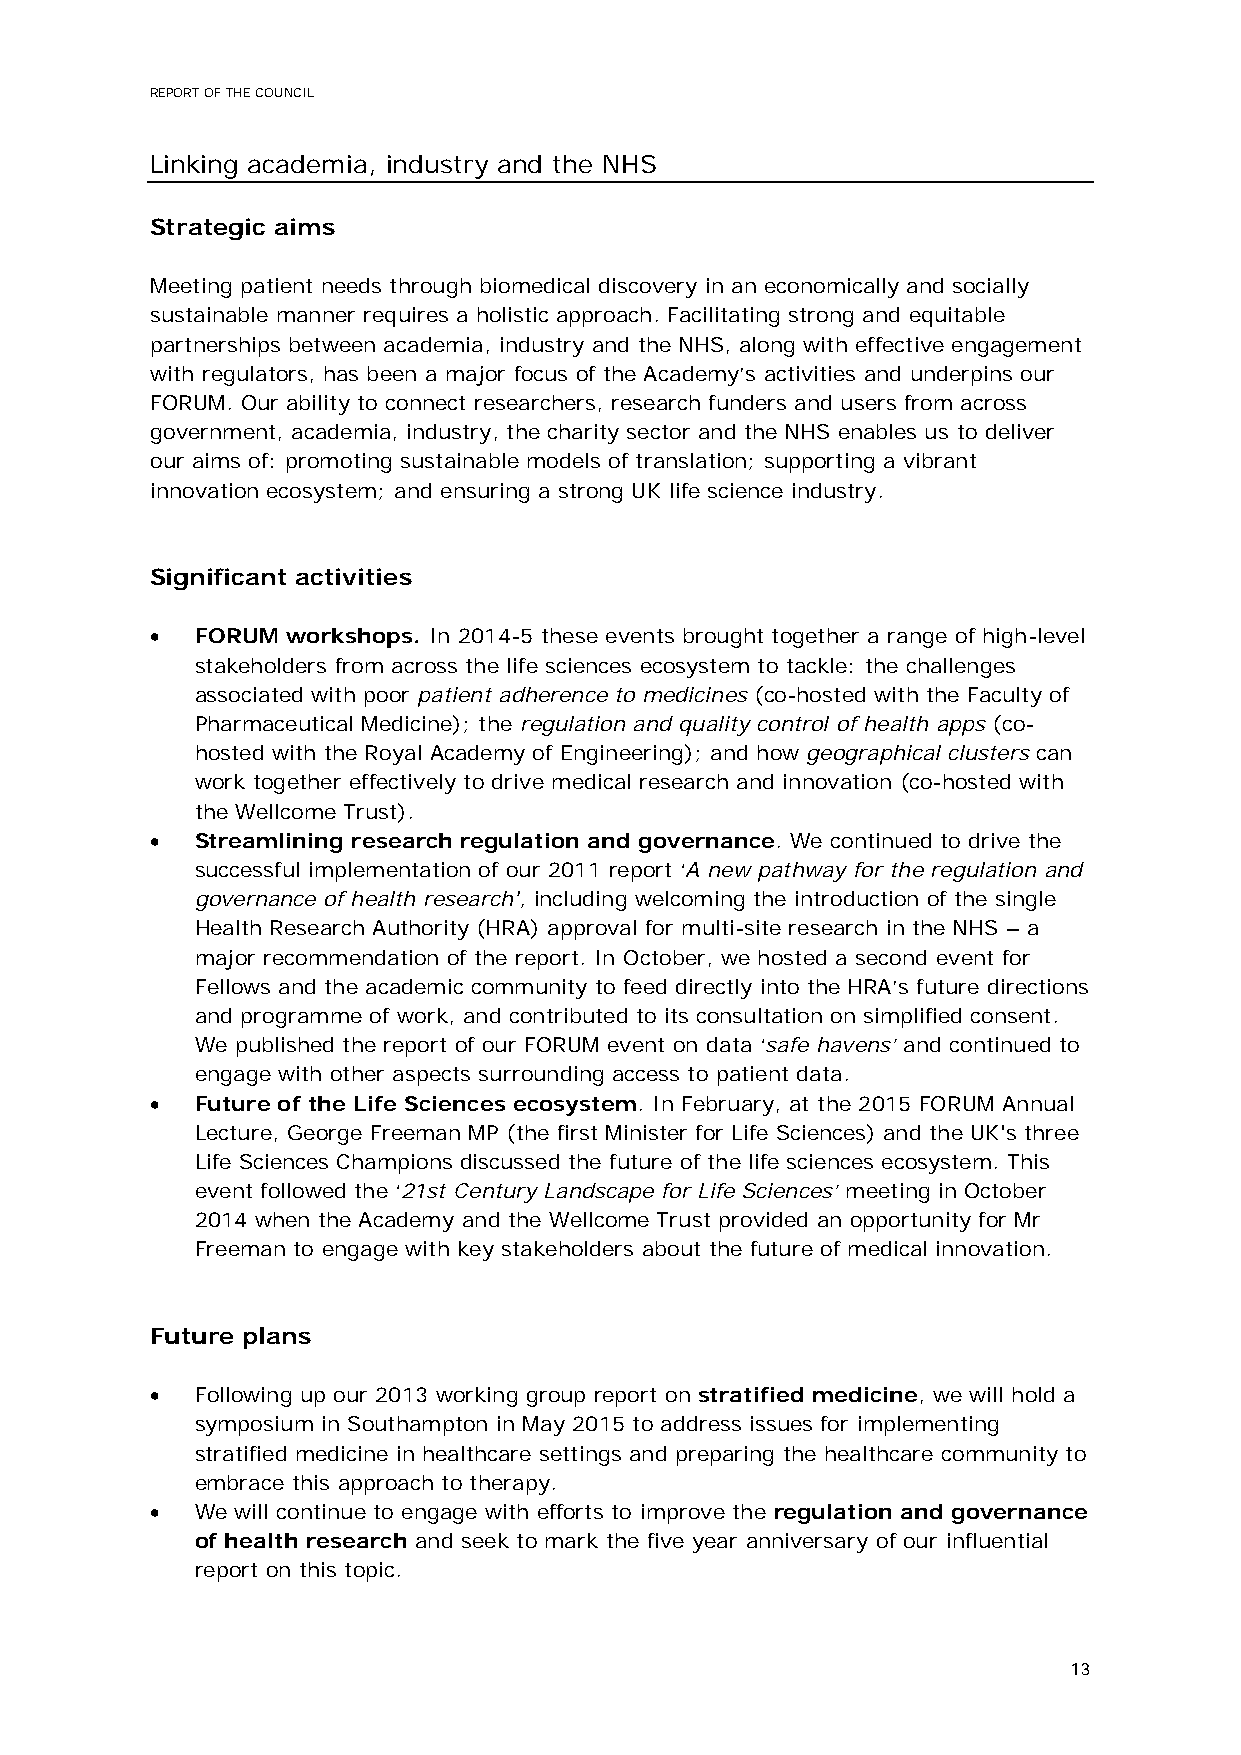
REPORT OF THE COUNCIL
 Linking academia, industry and the NHS
 Strategic aims
 Meeting patient needs through biomedical discovery in an economically and socially
 sustainable manner requires a holistic approach. Facilitating strong and equitable
 partnerships between academia, industry and the NHS, along with effective engagement
 with regulators, has been a major focus of the Academy’s activities and underpins our
 FORUM. Our ability to connect researchers, research funders and users from across
 government, academia, industry, the charity sector and the NHS enables us to deliver
 our aims of: promoting sustainable models of translation; supporting a vibrant
 innovation ecosystem; and ensuring a strong UK life science industry.
 Significant activities
 •  FORUM workshops. In 2014-5 these events brought together a range of high-level
 stakeholders from across the life sciences ecosystem to tackle: the challenges
 associated with poor patient adherence to medicines (co-hosted with the Faculty of
 Pharmaceutical Medicine); the regulation and quality control of health apps (co-
 hosted with the Royal Academy of Engineering); and how geographical clusters can
 work together effectively to drive medical research and innovation (co-hosted with
 the Wellcome Trust).
 •  Streamlining research regulation and governance. We continued to drive the
 successful implementation of our 2011 report ‘A new pathway for the regulation and
 governance of health research', including welcoming the introduction of the single
 Health Research Authority (HRA) approval for multi-site research in the NHS – a
 major recommendation of the report. In October, we hosted a second event for
 Fellows and the academic community to feed directly into the HRA’s future directions
 and programme of work, and contributed to its consultation on simplified consent.
 We published the report of our FORUM event on data ‘safe havens’ and continued to
 engage with other aspects surrounding access to patient data.
 •  Future of the Life Sciences ecosystem. In February, at the 2015 FORUM Annual
 Lecture, George Freeman MP (the first Minister for Life Sciences) and the UK's three
 Life Sciences Champions discussed the future of the life sciences ecosystem. This
 event followed the ‘21st Century Landscape for Life Sciences’ meeting in October
 2014 when the Academy and the Wellcome Trust provided an opportunity for Mr
 Freeman to engage with key stakeholders about the future of medical innovation.
 Future plans
 •  Following up our 2013 working group report on stratified medicine, we will hold a
 symposium in Southampton in May 2015 to address issues for implementing
 stratified medicine in healthcare settings and preparing the healthcare community to
 embrace this approach to therapy.
 •  We will continue to engage with efforts to improve the regulation and governance
 of health research and seek to mark the five year anniversary of our influential
 report on this topic.
 13